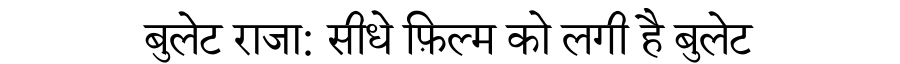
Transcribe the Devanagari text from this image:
बुलेट राजा: सीधे फ़िल्म को लगी है बुलेट